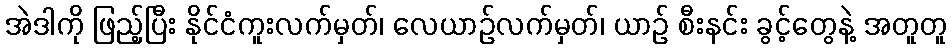
အဲဒါကို ဖြည့်ပြီး နိုင်ငံကူးလက်မှတ်၊ လေယာဉ်လက်မှတ်၊ ယာဉ် စီးနင်း ခွင့်တွေနဲ့ အတူတူ